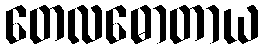
တေလဓောတာယ